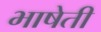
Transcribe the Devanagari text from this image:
भाषेती